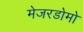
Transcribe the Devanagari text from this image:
मेजरडोमो